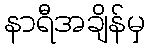
နာရီအချိန်မှ